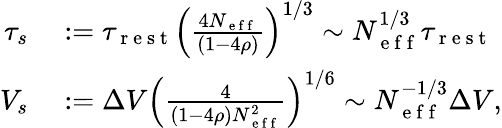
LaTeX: \begin{array}{rl}{\tau_{s}}&{{}:=\tau_{\mathrm{~r~e~s~t~}}\left(\frac{4N_{\mathrm{~e~f~f~}}}{(1-4\rho)}\right)^{1/3}\sim N_{\mathrm{~e~f~f~}}^{1/3}\tau_{\mathrm{~r~e~s~t~}}}\\ {V_{s}}&{{}:=\Delta V\left(\frac{4}{(1-4\rho)N_{\mathrm{~e~f~f~}}^{2}}\right)^{1/6}\sim N_{\mathrm{~e~f~f~}}^{-1/3}\Delta V,}\end{array}